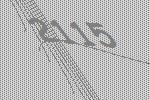
2115